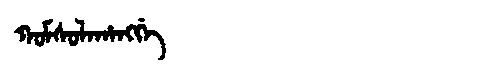
Manchu: ᡴᠣᠮᠰᠣᠯᠠᡥᠠᠩᡤᡝ
Romanization: KOMSOLAHANGGE